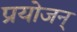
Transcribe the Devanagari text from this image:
प्रयोजन्